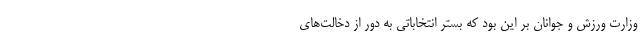
وزارت ورزش و جوانان بر این بود که بستر انتخاباتی به دور از دخالت‌های